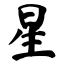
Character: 星